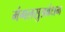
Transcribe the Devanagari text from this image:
मंगलसुत्रबंधन